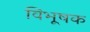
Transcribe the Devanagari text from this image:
विभूषक